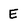
Character: E